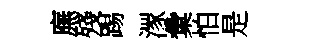
廡殘踢潈彙怕是